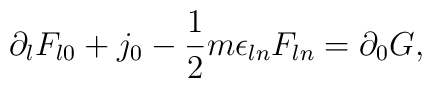
\partial_l F_{l0} + j_0 -\frac{1}{2}m\epsilon_{ln}F_{ln} = \partial_0 G,